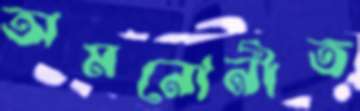
অমনোনীত